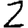
Digit: 2